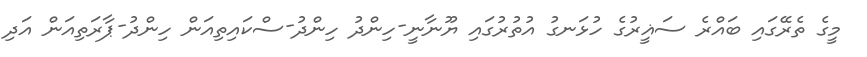
މީގެ ތެރޭގައި ބައްރެ ސަޣީރުގެ ހުޅަނގު އުތުރުގައި ޔޫނާނީ-ހިންދު ހިންދު-ސްކައިތިއަން ހިންދު-ޕާރަތިއަން އަދި